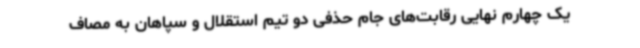
یک چهارم نهایی رقابت‌های جام حذفی دو تیم استقلال و سپاهان به مصاف